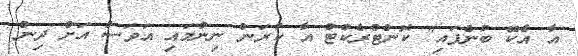
އާ އެކޭ ބުނެފައި" ކޮންޓްރެކްޓް އާ ކުރަން ނިންމައި އަވަސް އަށް ދިން